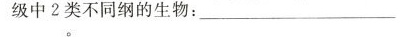
级中2类不同纲的生物：________。